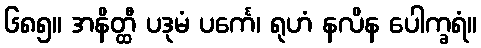
၆၈၅။ အနိတ္ထီ ပဒုမံ ပင်္ကေ၊ ရုဟံ နလိန ပေါက္ခရံ။